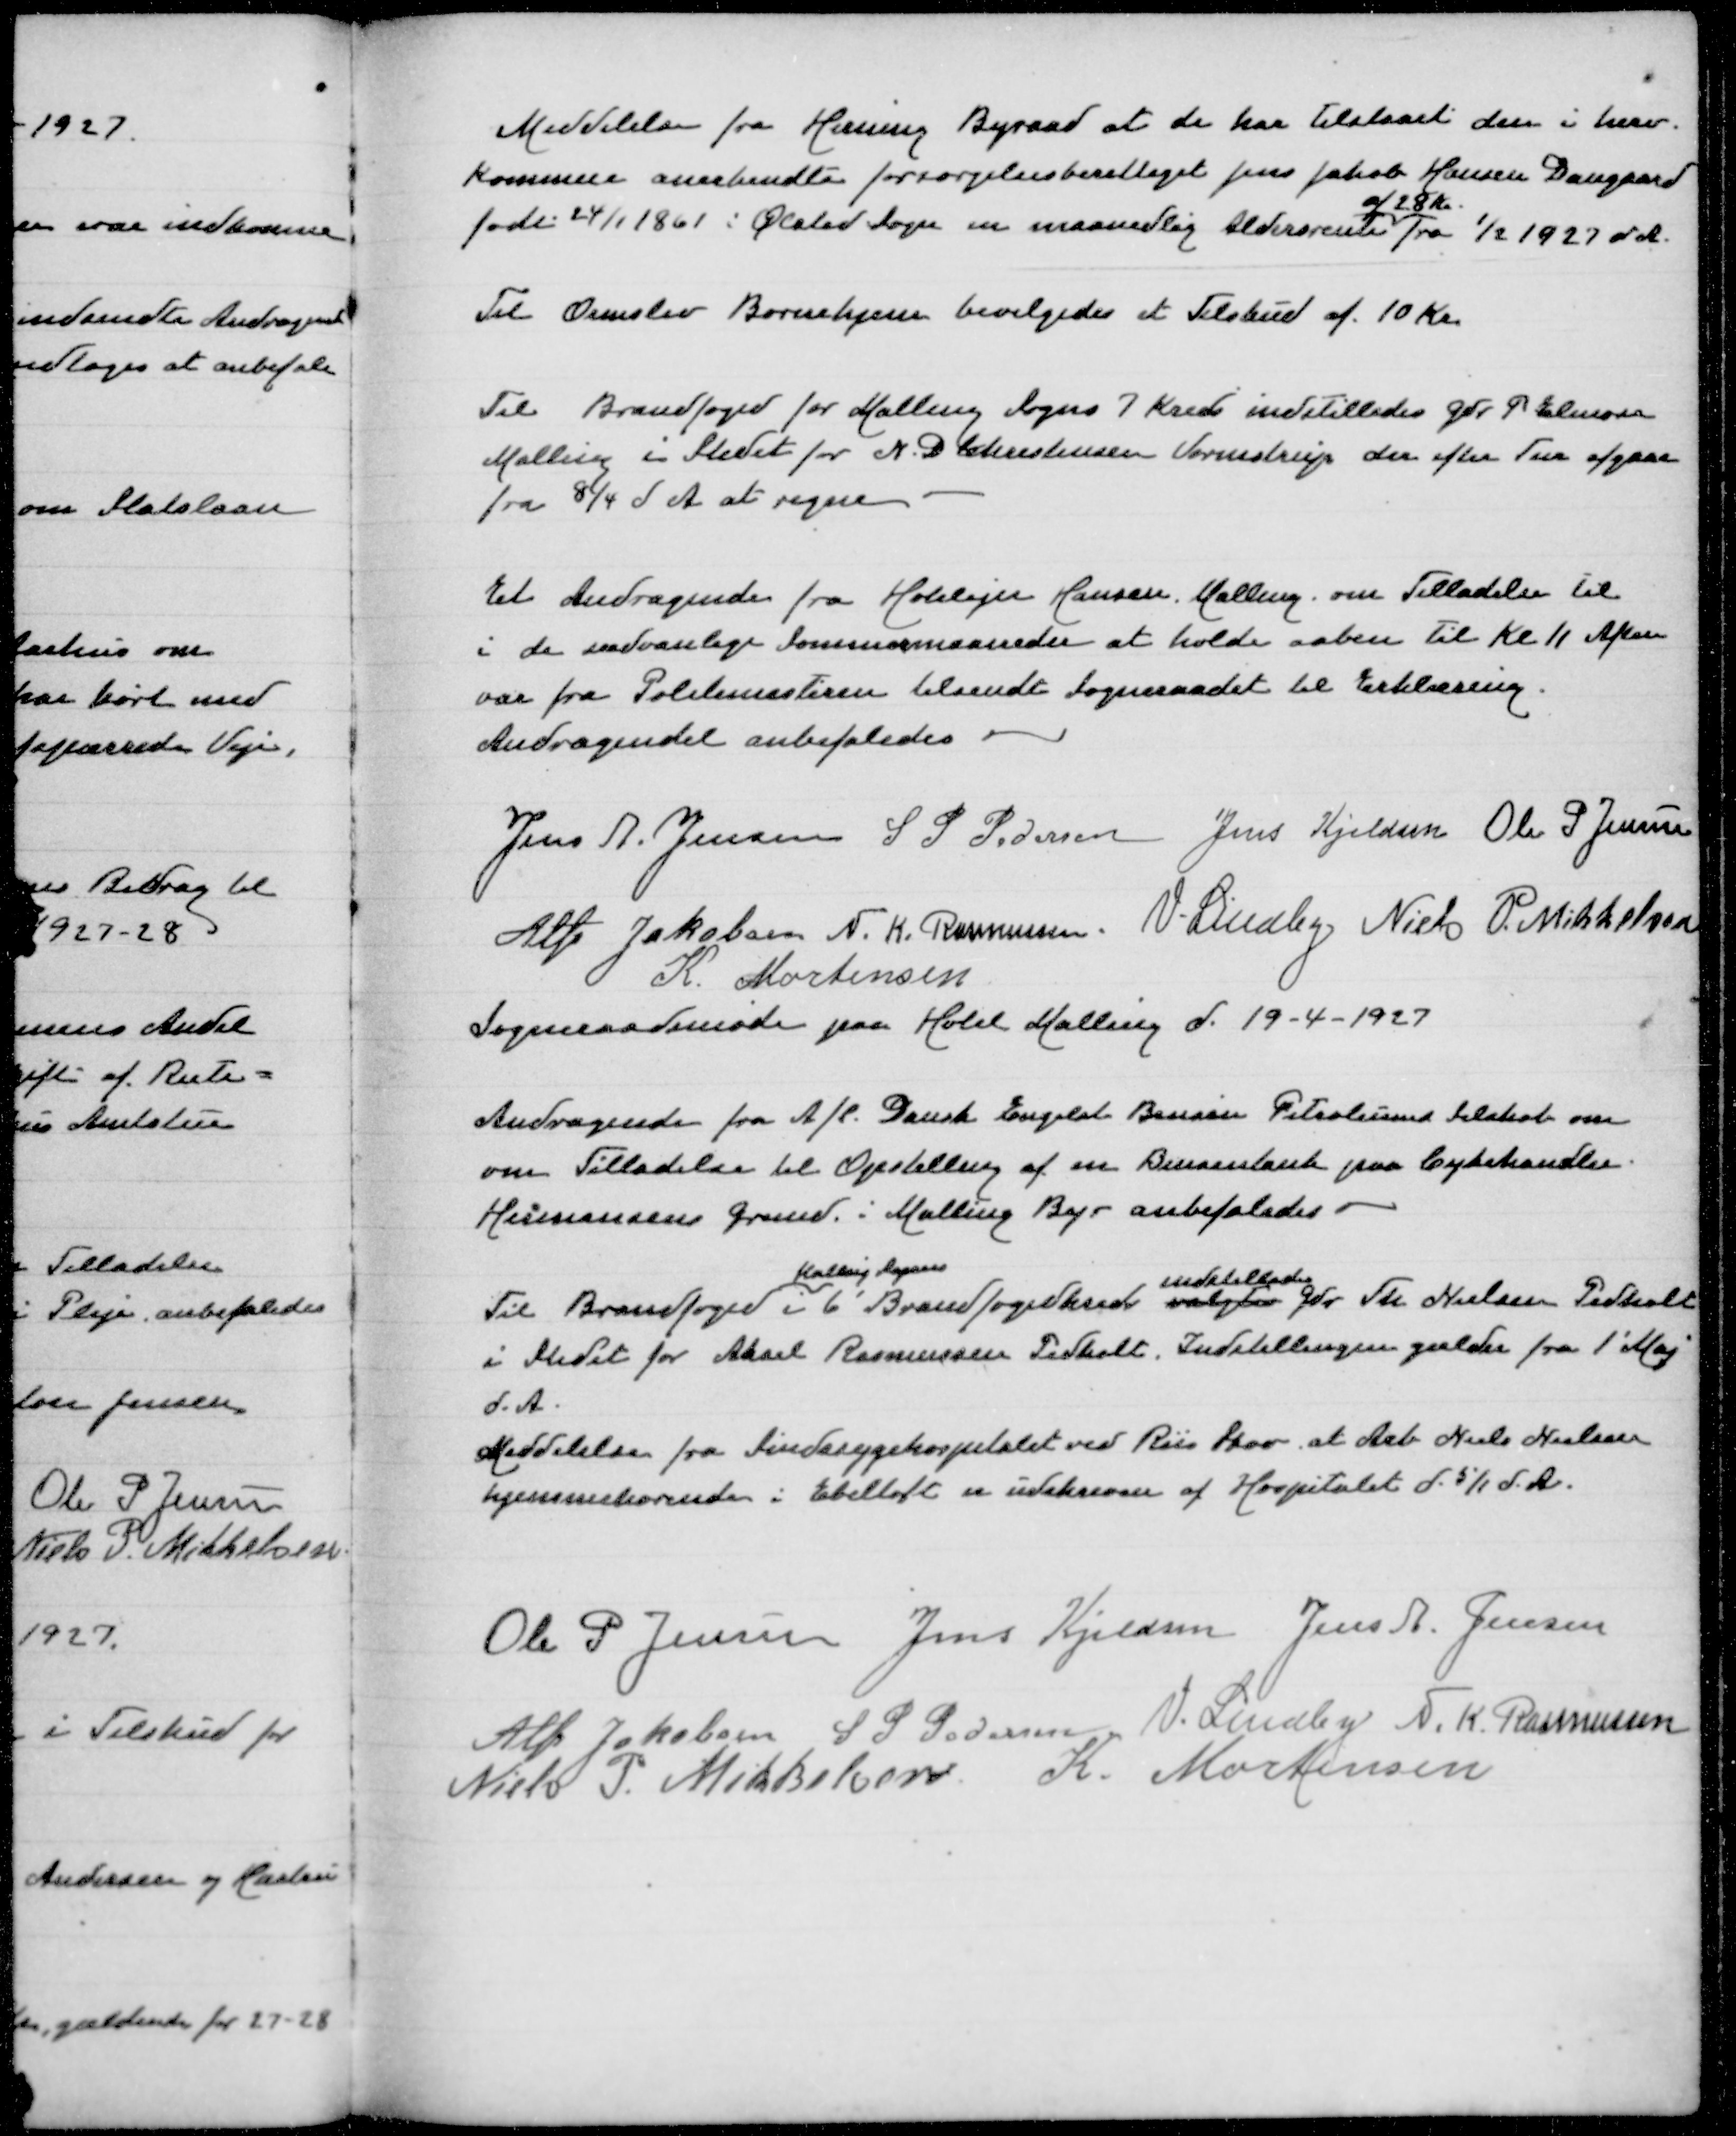
Transskription:
Meddelelse fra Herning Byraad at de har tilstaaet den i herv
Kommune anerkendte forsørgelsesberettiget Jens Jakob Hansen Daugaard
af 28 Kr
født 24/1 1861 i Ølsted Sogn en maanedlig Aldersrente fra 1/2 1927 d A

Til Ormslev Børnehjem bevilgedes et Tilskud af 10 Kr

Til Brandfogedbfor Malling Sogns 7 Kreds indstilledes Gdr P Elmose
Malling i Stedet for N D Christensen Vormstrup der efter Tur afgaar
fra 8/4 d A at regne

Et Andragende fra Hotelejer Hansen Malling om Tilladelse til
i de sædvalige Sommermaaneder at holde aaben til Kl 11 Aften
var fra Politimesteren tilsendt Sogneraadet til Erklæring
Andragendet anbefaledes

Jens A Jensen
S P Pedersen
Jens Kjeldsen
Ole P Jensen
Alfr Jakobsen
N K Rasmussen
V Lindby
Niels P Mikkelsen
K Mortensen
Sogneraadsmøde paa Hotel Malling d 19-4-1927

Andragende fra Dansk Engelsk Bensin Petroleums Selskab om
om Tilladelse til Opstilling af en Bensintank paa Cykelhandler
Hermansens Grund i Malling By - anbefaledes
Malling Sogns
indstilledes
Til Brandfoged i 6' Brandfogedkreds valgtes Gdr Th Nielsen Pedholt
i Stedet for Aksel Rasmussen Pedholt. Indstillingen gælder fra 1' Maj
d A
Meddelelse fra Sindssygehospitalet Riis Skov at Arb Niels Nielsen
hjemmehørende i Ebeltoft er udskreven af Hospitalet d 5/1 d A

Ole P Jensen
Jens Kjeldsen
Jens A Jensen
Alfr Jakobsen
S P Pedersen
V Lindby
N K Rasmussen
Niels P Mikkelsen
K Mortensen